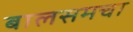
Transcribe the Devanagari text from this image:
बालसमचा